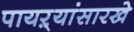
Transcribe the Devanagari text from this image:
पायऱ्यांसारखे